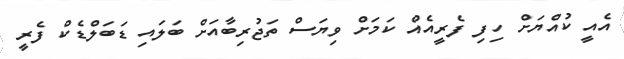
އެއީ ކުއްޔަށް ހިފި ފެރީއެއް ކަމަށް ވިޔަސް ތަޖުރިބާއަށް ބަލައި ޑަބަލްޑެކް ފެރީ